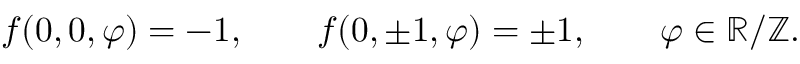
f ( 0 , 0 , \varphi ) = - 1 , \qquad f ( 0 , \pm 1 , \varphi ) = \pm 1 , \qquad \varphi \in \mathbb { R } / \mathbb { Z } .